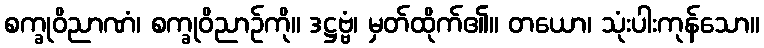
စက္ခုဝိညာဏံ၊ စက္ခုဝိညာဉ်ကို။ ဒဋ္ဌဗ္ဗံ၊ မှတ်ထိုက်၏။ တယော၊ သုံးပါးကုန်သော။